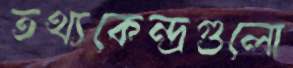
তথ্যকেন্দ্রগুলো